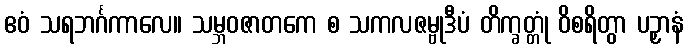
ဧဝံ သရဘင်္ဂကာလေ။ သမ္ဘဝဇာတကေ စ သကလဇမ္ဗုဒီပံ တိက္ခတ္တုံ ဝိစရိတွာ ပဉှာနံ